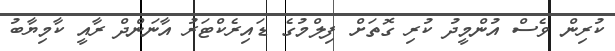
ކުރިން ވެސް އުންމީދު ކުރި ގޮތަށް ފިލްމުގެ ޑައިރެކްޓަރު އާނަންދް ރާއީ ކާމިޔާބު